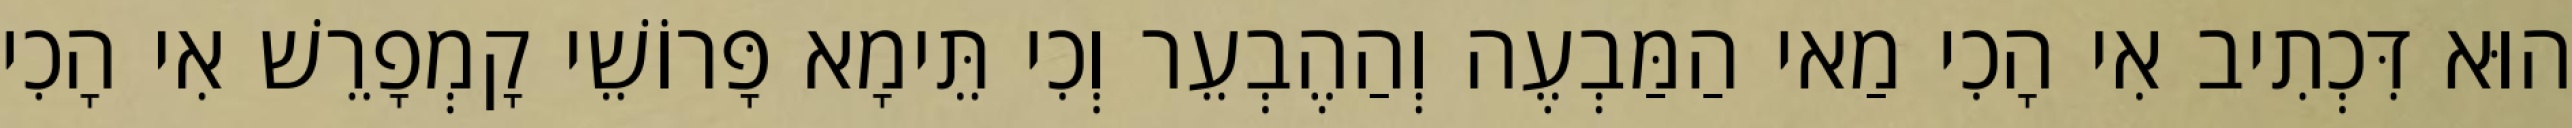
הוּא דִּכְתִיב אִי הָכִי מַאי הַמַּבְעֶה וְהַהֶבְעֵר וְכִי תֵּימָא פָּרוֹשֵׁי קָמְפָרֵשׁ אִי הָכִי